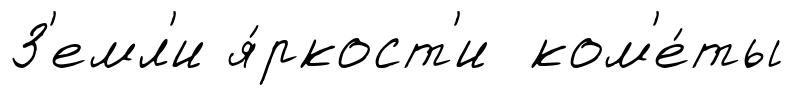
З'емл'и я́ркост'и ком'е́ты